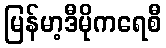
မြန်မာ့ဒီမိုကရေစီ